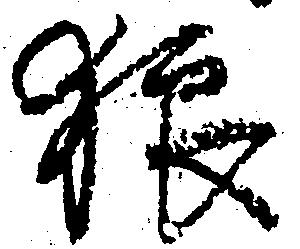
狼